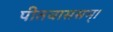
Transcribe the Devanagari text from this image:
पीतवाससम्‌।